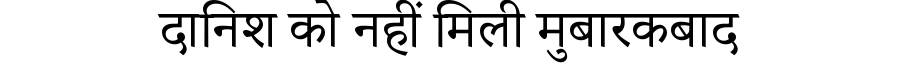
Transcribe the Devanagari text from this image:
दानिश को नहीं मिली मुबारकबाद